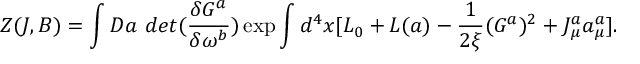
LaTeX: Z ( J , B ) = \int D a ~ d e t ( \frac { \delta G ^ { a } } { \delta \omega ^ { b } } ) \exp \int d ^ { 4 } x [ L _ { 0 } + L ( a ) - \frac { 1 } { 2 \xi } ( G ^ { a } ) ^ { 2 } + J _ { \mu } ^ { a } a _ { \mu } ^ { a } ] .